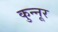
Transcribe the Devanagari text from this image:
कुन्नूर